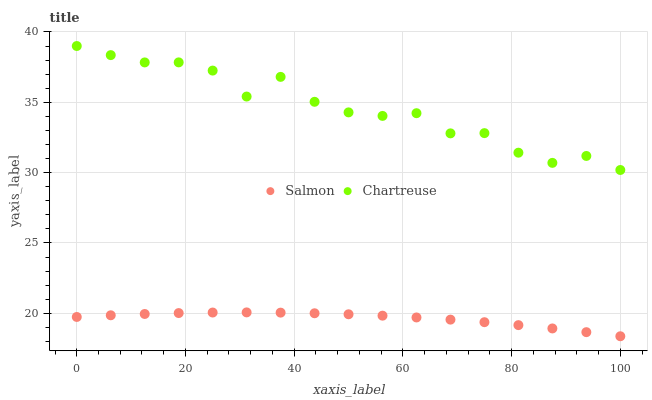
| xaxis_label | Salmon | Chartreuse |
 | --- | --- | --- |
 | 0 | 19.7 | 39 |
 | 6.25 | 19.9 | 38.4 |
 | 12.5 | 20 | 37.8 |
 | 18.8 | 20 | 37.8 |
 | 25 | 20.1 | 37.3 |
 | 31.2 | 20.1 | 35.4 |
 | 37.5 | 20 | 36.8 |
 | 43.8 | 20 | 35 |
 | 50 | 19.9 | 34.3 |
 | 56.2 | 19.8 | 34 |
 | 62.5 | 19.7 | 34.2 |
 | 68.8 | 19.5 | 32.8 |
 | 75 | 19.4 | 32.8 |
 | 81.2 | 19.2 | 31.4 |
 | 87.5 | 18.9 | 30.7 |
 | 93.8 | 18.7 | 31.2 |
 | 100 | 18.4 | 30.2 |